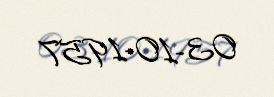
03-10-1957